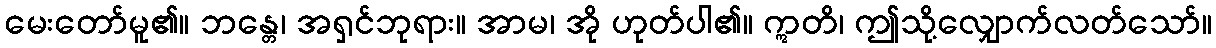
မေးတော်မူ၏။ ဘန္တေ၊ အရှင်ဘုရား။ အာမ၊ အို ဟုတ်ပါ၏။ ဣတိ၊ ဤသို့လျှောက်လတ်သော်။